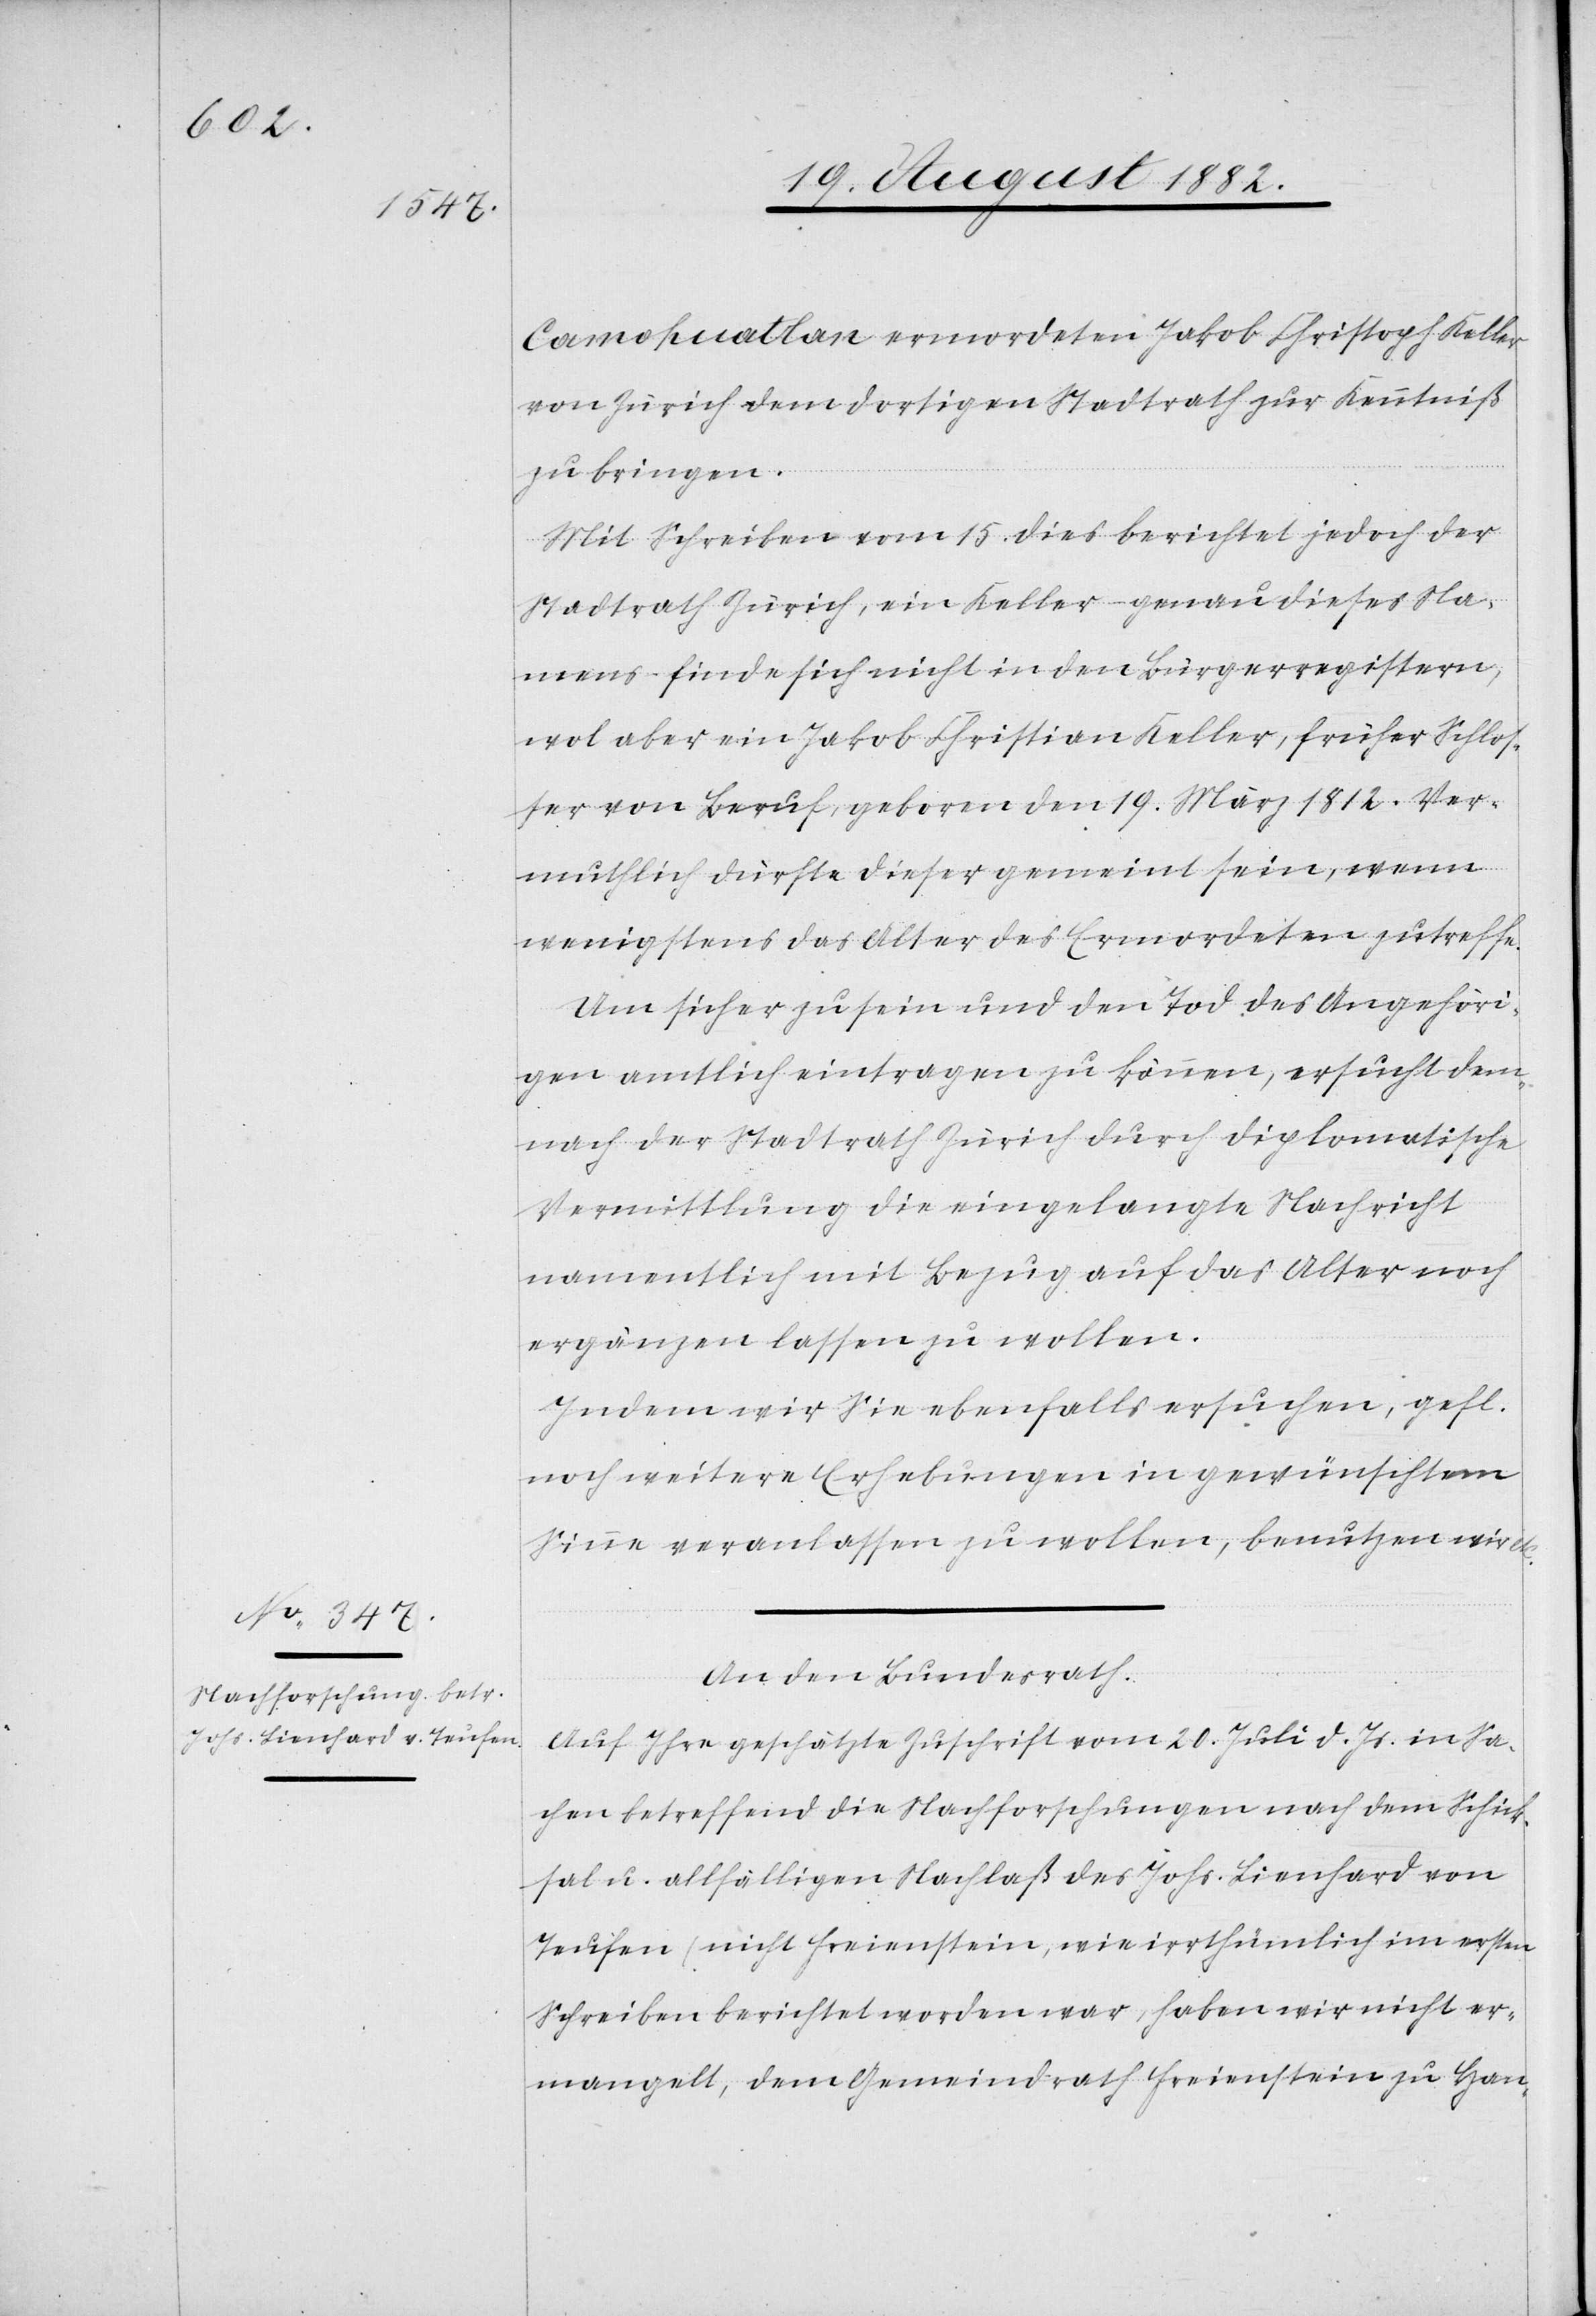
Camokuatlan ermordeten Jakob Christoph Keller
von Zürich dem dortigen Stadtrath zur Kenntniß
zu bringen.
Mit Schreiben vom 15. dies berichtet jedoch der
Stadtrath Zürich, ein Keller – genau dieses Na¬
mens – finde sich nicht in den Bürgerregistern,
wol aber ein Jakob Christian Keller, früher Schlos¬
ser von Beruf, geboren den 19. März 1812. Ver¬
muthlich dürfte dieser gemeint sein, wenn
wenigstens das Alter des Ermordeten zutreffe.
Um sicher zu sein und den Tod des Angehöri¬
gen amtlich eintragen zu können, ersucht dem¬
nach der Stadtrath Zürich durch diplomatische
Vermittlung die eingelangte Nachricht
namentlich mit Bezug auf das Alter noch
ergänzen lassen zu wollen.
Indem wir Sie ebenfalls ersuchen, gefl.
noch weitere Erhebungen in gewünschtem
Sinne veranlassen zu wollen, benutzen wir
An den Bundesrath,
Auf Ihre geschätzte Zuschrift vom 20. Juli d. Js. in Sa¬
chen betreffend die Nachforschungen nach dem Schick¬
sal u. allfälligen Nachlaß des Johs. Lienhard von
Teufen (nicht Freienstein, wie irrthümlich im ersten
Schreiben berichtet worden war), haben wir nicht er¬
mangelt, dem Gemeindrath Freienstein zu Han-